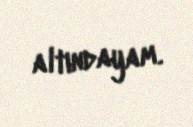
altındayam.